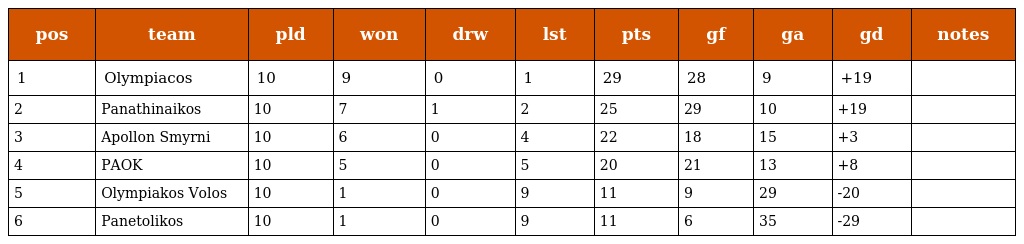
| pos | team | pld | won | drw | lst | pts | gf | ga | gd | notes |
 | --- | --- | --- | --- | --- | --- | --- | --- | --- | --- | --- |
 | 1 | Olympiacos | 10 | 9 | 0 | 1 | 29 | 28 | 9 | +19 |  |
 | 2 | Panathinaikos | 10 | 7 | 1 | 2 | 25 | 29 | 10 | +19 |  |
 | 3 | Apollon Smyrni | 10 | 6 | 0 | 4 | 22 | 18 | 15 | +3 |  |
 | 4 | PAOK | 10 | 5 | 0 | 5 | 20 | 21 | 13 | +8 |  |
 | 5 | Olympiakos Volos | 10 | 1 | 0 | 9 | 11 | 9 | 29 | -20 |  |
 | 6 | Panetolikos | 10 | 1 | 0 | 9 | 11 | 6 | 35 | -29 |  |